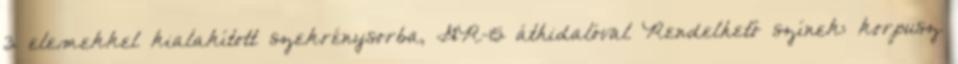
3 elemekkel kialakított szekrénysorba, GR-15 áthidalóval Rendelhető színek: korpusz